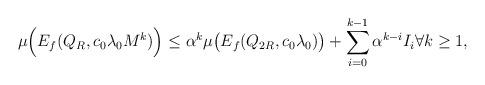
LaTeX: \begin{align*} \mu\Big(E_f(Q_R, c_0 \lambda_0 M^k )\Big) \leq \alpha^k \mu\big(E_f(Q_{2 R}, c_0 \lambda_0 )\big)+ \sum_{i=0}^{k-1} \alpha^{k - i} I_i\forall k\geq 1,\end{align*}